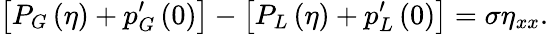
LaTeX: \left[P_{G}\left(\eta\right)+p_{G}^{\prime}\left(0\right)\right]-\left[P_{L}\left(\eta\right)+p_{L}^{\prime}\left(0\right)\right]=\sigma\eta_{xx}.